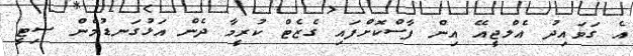
އެ ގަވައިދު އެލްޖީއޭ އިން ފާސްކޮށްފައި ގެޒެޓް ކުރީމާ ދެން އަޅުގަނޑުމެން ސިޓީ